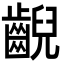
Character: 齯